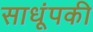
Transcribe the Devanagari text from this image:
साधूंपकी